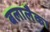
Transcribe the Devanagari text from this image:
बलालैका